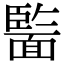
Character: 𩈵